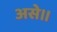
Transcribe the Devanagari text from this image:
असे॥